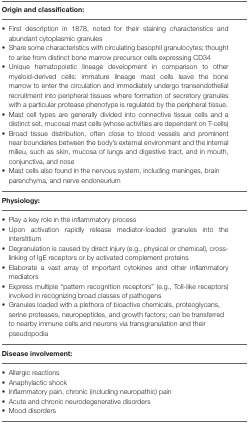
| Origin and classification: |
 | --- |
 | • First description in 1878, noted for their staining characteristics and abundant cytoplasmic granules • Share some characteristics with circulating basophil granulocytes; thought to arise from distinct bone marrow precursor cells expressing CD34 • Unique hematopoietic lineage development in comparison to other myeloid-derived cells: immature lineage mast cells leave the bone marrow to enter the circulation and immediately undergo transendothelial recruitment into peripheral tissues where formation of secretory granules with a particular protease phenotype is regulated by the peripheral tissue. • Mast cell types are generally divided into connective tissue cells and a distinct set, mucosal mast cells (whose activities are dependent on T-cells) • Broad tissue distribution, often close to blood vessels and prominent near boundaries between the body's external environment and the internal milieu, such as skin, mucosa of lungs and digestive tract, and in mouth, conjunctiva, and nose • Mast cells also found in the nervous system, including meninges, brain parenchyma, and nerve endoneurium |
 | Physiology: |
 | • Play a key role in the inflammatory process • Upon activation rapidly release mediator-loaded granules into the interstitium • Degranulation is caused by direct injury (e.g., physical or chemical), cross-linking of IgE receptors or by activated complement proteins • Elaborate a vast array of important cytokines and other inflammatory mediators • Express multiple “pattern recognition receptors” (e.g., Toll-like receptors) involved in recognizing broad classes of pathogens • Granules loaded with a plethora of bioactive chemicals, proteoglycans, serine proteases, neuropeptides, and growth factors; can be transferred to nearby immune cells and neurons via transgranulation and their pseudopodia |
 | Disease involvement: |
 | • Allergic reactions • Anaphylactic shock • Inflammatory pain, chronic (including neuropathic) pain • Acute and chronic neurodegenerative disorders • Mood disorders |